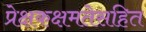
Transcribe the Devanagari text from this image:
प्रेक्षकक्षमतेसहित